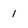
Character: 1